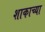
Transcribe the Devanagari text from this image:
शाकाच्या